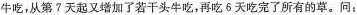
牛吃，从第?天起又增加了若干头牛吃，再吃6天吃完了所有的草。问：